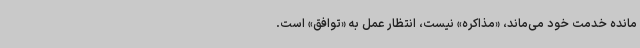
مانده خدمت خود می‌ماند، «مذاکره» نیست، انتظار عمل به «توافق» است.